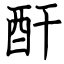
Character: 酐